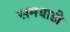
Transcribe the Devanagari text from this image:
समबाडी